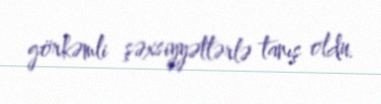
görkəmli şəxsiyyətlərlə tanış oldu.